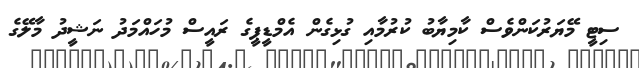
ސިޓީ މޭޔަރުކަންވެސް ކާމިޔާބު ކުރުމާއި ގުޅިގެން އެމްޑީޕީގެ ރައީސް މުހައްމަދު ނަޝީދު މާލޭގެ